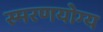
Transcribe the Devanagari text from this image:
स्मरणयोग्य